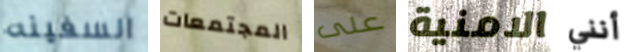
السفينه المجتمعات على الامنية أنني